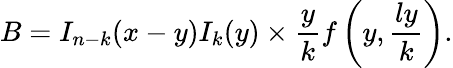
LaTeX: B=I_{n-k}(x-y)I_{k}(y)\times\frac{y}{k}f\left(y,\frac{ly}{k}\right).